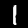
Digit: 1